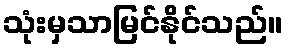
သုံးမှသာမြင်နိုင်သည်။